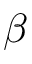
\beta